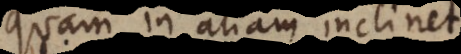
quam in aliam inclinet